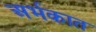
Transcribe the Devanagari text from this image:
अर्भकात